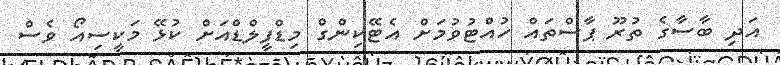
އަދި ބާސާގެ ތުރޫ ޕާސްތައް ހުއްޓުވުމަށް އެޓޭކިންގް މިޑްފީލްޑްއަށް ކުޅޭ މަކީސިއޯ ވެސް